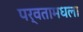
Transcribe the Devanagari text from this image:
पर्वतामधला